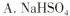
A.N_{a}HS0_{4}